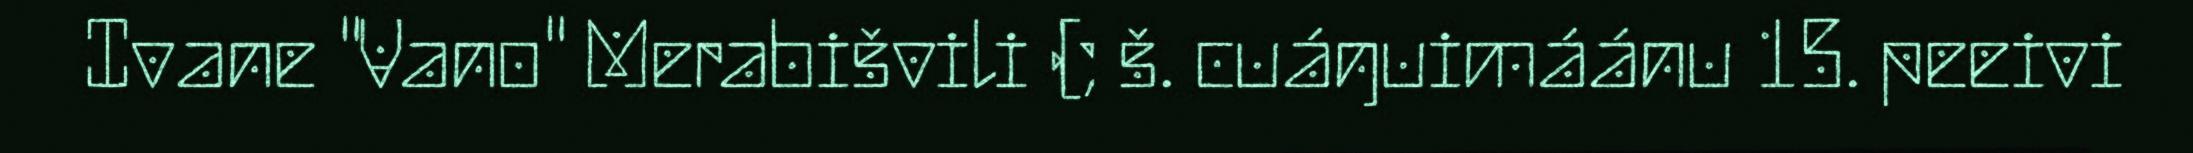
Ivane "Vano" Merabišvili (; š. cuáŋuimáánu 15. peeivi